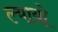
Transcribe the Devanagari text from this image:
ल्यायो